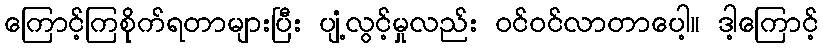
ကြောင့်ကြစိုက်ရတာများပြီး ပျံ့လွင့်မှုလည်း ဝင်ဝင်လာတာပေါ့။ ဒါ့ကြောင့်